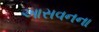
આસવનના